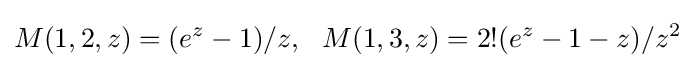
M(1,2,z)=(e^{z}-1)/z,\ \ M(1,3,z)=2!(e^{z}-1-z)/z^{2}